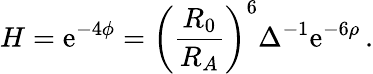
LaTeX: H=\mathrm{e}^{-4\phi}=\left(\frac{{R_{0}}}{{R_{A}}}\right)^{6}\Delta^{-1}\mathrm{e}^{-6\rho}\, .